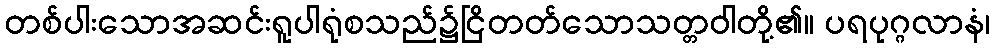
တစ်ပါးသောအဆင်းရူပါရုံစသည်၌ငြိတတ်သောသတ္တဝါတို့၏။ ပရပုဂ္ဂလာနံ၊